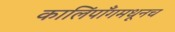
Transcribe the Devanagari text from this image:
कालिंपाँगमधूनच